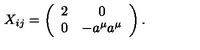
X _ { i j } = \left( \begin{array} { c c } { 2 } & { 0 } \\ { 0 } & { - a ^ { \mu } a ^ { \mu } } \\ \end{array} \right) .